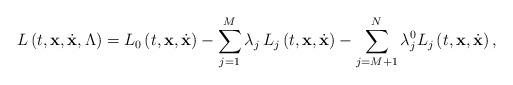
LaTeX: \begin{align*}{L}\left(t,\textbf{x},\dot{\textbf{x}},\Lambda\right)=L_0\left(t,\textbf{x},\dot{\textbf{x}}\right)-\displaystyle\sum_{j=1}^M\lambda_j\,L_j\left(t,\textbf{x},\dot{\textbf{x}}\right)-\displaystyle\sum_{j=M+1}^N\lambda^0_j L_j\left(t,\textbf{x},\dot{\textbf{x}}\right),\end{align*}